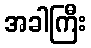
အခါကြီး